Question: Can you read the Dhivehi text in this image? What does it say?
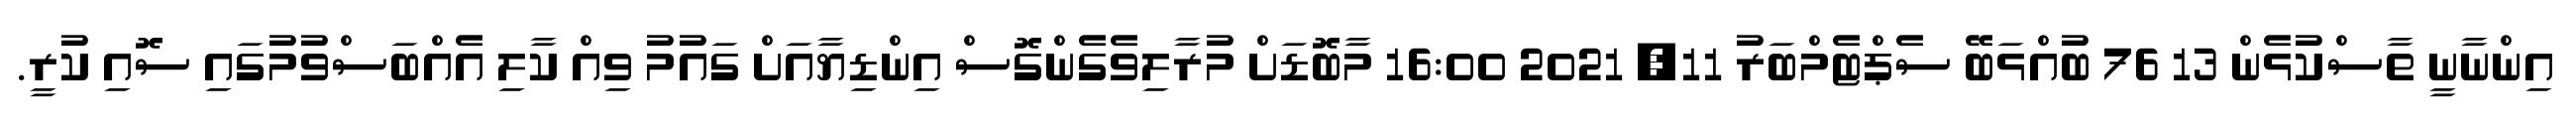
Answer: އިންނާނީ ތާސްކުޅެން 13 76 ބުއްޅަބޭ ސެޕްޓެމްބަރު 11, 2021 16:00 މާބޮޑަށް މުރާލިވެގެންގޮސް އިންޑިޔާއަށް ގައުމު ވިއް ކާލި އެއްބަސްވުމުގައި ސޮއި ކުރީ.